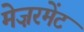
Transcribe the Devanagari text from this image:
मेज़रमेंट